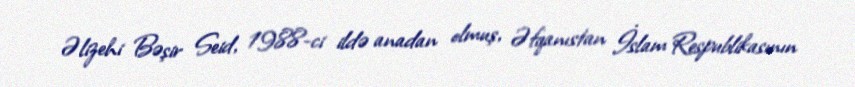
Əlizehi Bəşir Seid, 1988-ci ildə anadan olmuş, Əfqanıstan İslam Respublikasının